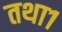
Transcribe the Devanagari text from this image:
तथा१